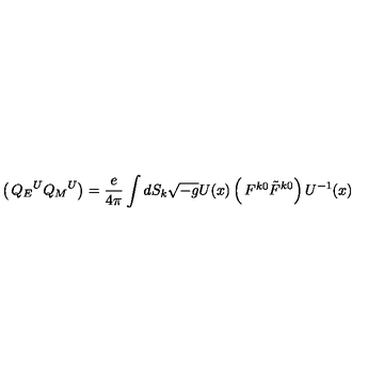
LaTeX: \left( \begin{matrix} { { Q _ { E } } ^ { U } } \\ { { Q _ { M } } ^ { U } } \\ \end{matrix} \right) = { \frac { e } { 4 \pi } } \int d S _ { k } \sqrt { - g } U ( x ) \left( \begin{matrix} { F ^ { k 0 } } \\ { \tilde { F } ^ { k 0 } } \\ \end{matrix} \right) U ^ { - 1 } ( x )